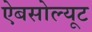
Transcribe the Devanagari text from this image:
ऐबसोल्यूट